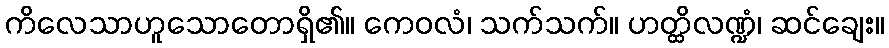
ကိလေသာဟူသောတောရှိ၏။ ကေဝလံ၊ သက်သက်။ ဟတ္ထိလဏ္ဍံ၊ ဆင်ချေး။